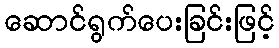
ဆောင်ရွက်ပေးခြင်းဖြင့်